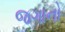
જગાનો